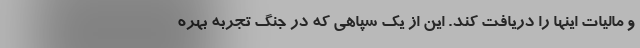
و مالیات اینها را دریافت کند. این از یک سپاهی که در جنگ تجربه بهره